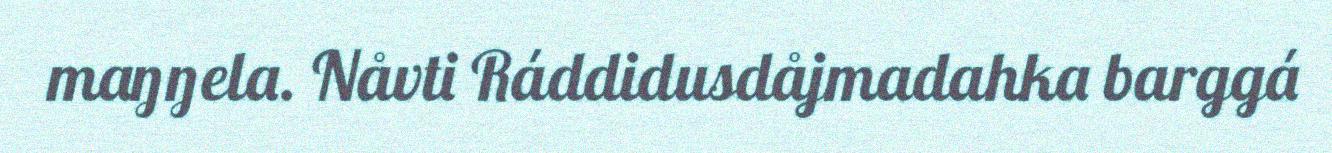
maŋŋela. Nåvti Ráddidusdåjmadahka barggá